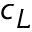
c _ { L }